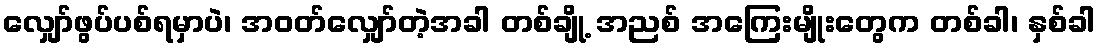
လျှော်ဖွပ်ပစ်ရမှာပဲ၊ အဝတ်လျှော်တဲ့အခါ တစ်ချို့ အညစ် အကြေးမျိုးတွေက တစ်ခါ၊ နှစ်ခါ